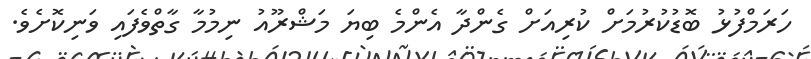
ހަރަމްފުޅު ބޮޑުކުރުމަށް ކުރިއަށް ގެންދާ އެންމެ ބިޔަ މަޝްރޫއު ނިމުމާ ގާތްވެފައި ވަނިކޮށެވެ.